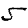
Digit: 5